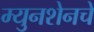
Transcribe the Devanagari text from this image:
म्युनशेनचे